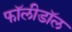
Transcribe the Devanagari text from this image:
फॉलीडॉल